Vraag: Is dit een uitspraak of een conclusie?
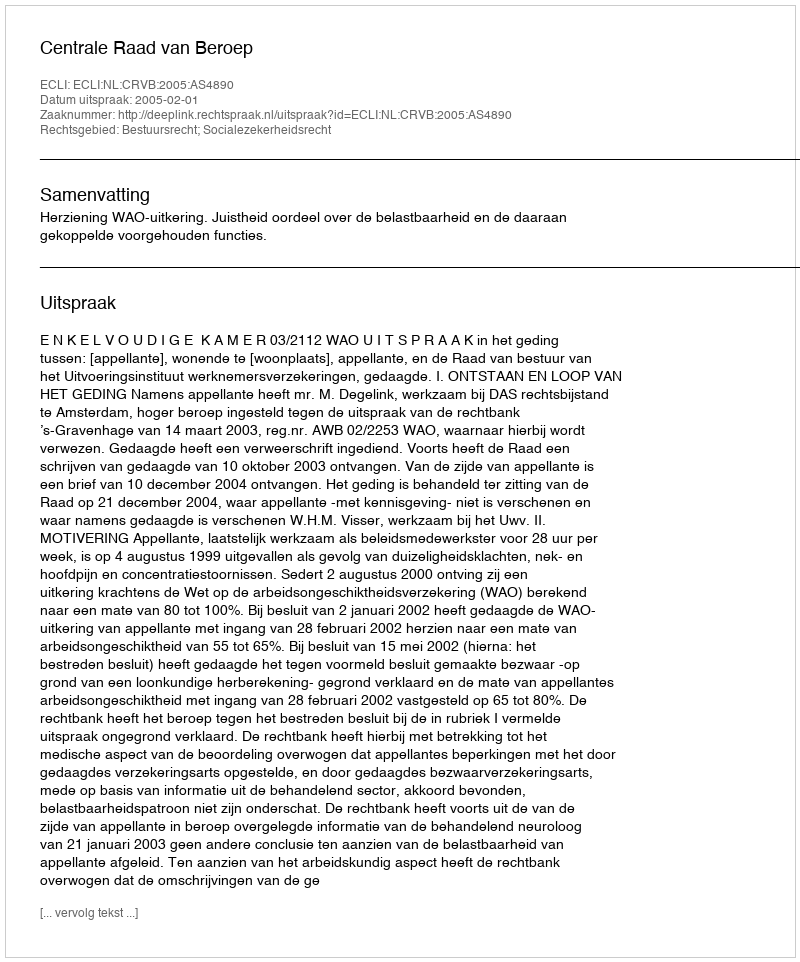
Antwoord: Uitspraak